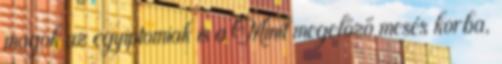
magok az egyiptomiak is a Minit megelőző mesés korba,